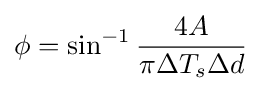
\phi =\sin ^{-1}{\frac {4A}{\pi \Delta T_{s}\Delta d}}